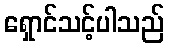
ရှောင်သင့်ပါသည်